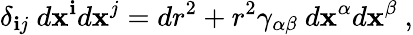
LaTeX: \delta_{\mathbf{i}j}~d\mathbf{x}^{\mathbf{i}}d\mathbf{x}^{j}=dr^{2}+r^{2}\gamma_{\alpha\beta}~d\mathbf{x}^{\alpha}d\mathbf{x}^{\beta}~,